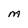
Character: M